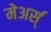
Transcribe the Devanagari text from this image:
मेअर्स्